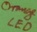
Text: LED